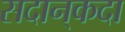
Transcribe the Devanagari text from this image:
सदान्‌कदा